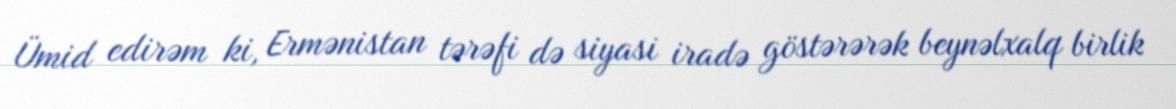
Ümid edirəm ki, Ermənistan tərəfi də siyasi iradə göstərərək beynəlxalq birlik